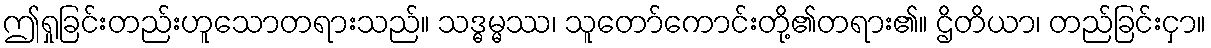
ဤရှုခြင်းတည်းဟူသောတရားသည်။ သဒ္ဓမ္မဿ၊ သူတော်ကောင်းတို့၏တရား၏။ ဌိတိယာ၊ တည်ခြင်းငှာ။